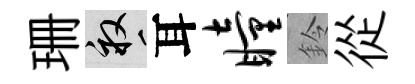
珊畝耳瞳鈴從